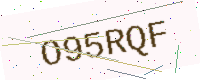
Text: O95RQF